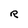
Character: R